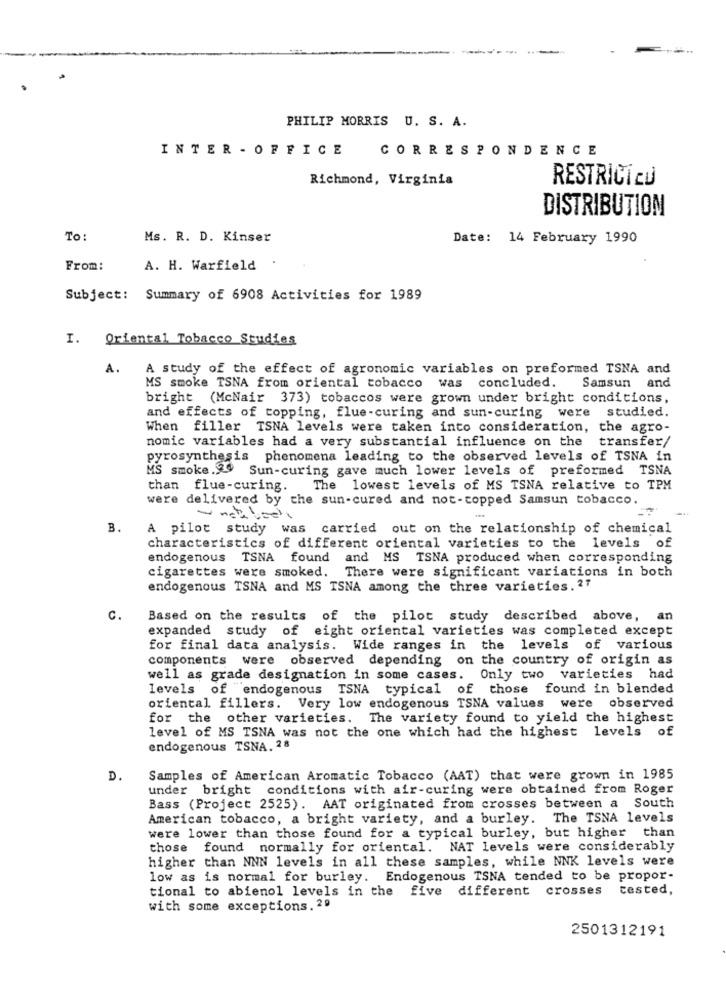
PHILIP MORRIS U. S. A.
INTER - OFFICE
CORRESPONDENCE
Richmond, Virginia
RESTRICÍ CU
DISTRIBUTION
To:
Ms. R. D. Kinser
Date: 14 February 1990
From:
A. H. Warfield
Subject: Summary of 6908 Activities for 1989
I. Oriental Tobacco Studies
A.
A study of the effect of agronomic variables on preformed TSNA and
Samsun and
MS smoke TSNA from oriental tobacco was concluded.
bright (McNair 373) tobaccos were grown under bright conditions,
and effects of topping, flue-curing and sun-curing were studied.
When filler TSNA levels were taken into consideration, the agro-
nomic variables had a very substantial influence on the transfer/
pyrosynthesis phenomena leading to the observed levels of TSNA in
MS smoke.20 Sun-curing gave much lower levels of preformed TSNA
than flue-curing.
The lowest levels of MS TSNA relative to TPM
were delivered by the sun-cured and not-copped Samsun tobacco.
B.
A pilot study was carried out on the relationship of chemical
characteristics of different oriental varieties to the levels of
endogenous TSNA found and MS TSNA produced when corresponding
cigarettes were smoked. There were significant variations in both
endogenous TSNA and MS TSNA among the three varieties. 21
c.
Based on the results of the pilot study described above, a
expanded study of eight oriental varieties was completed except
for final data analysis. Wide ranges in the levels of various
components were observed depending on the country of origin as
well as grade designation in some cases. Only two varieties had
levels of endogenous TSNA typical of those found in blended
oriental fillers. Very low endogenous TSNA values were observed
for the other varieties. The variety found to yield the highest
level of MS TSNA was not the one which had the highest levels of
endogenous TSNA. 28
D.
Samples of American Aromatic Tobacco (AAT) that were grown in 1985
under bright conditions with air-curing were obtained from Roger
Bass (Project 2525). AAT originated from crosses between a South
American tobacco, a bright variety, and a burley. The TSNA levels
were lower than those found for a typical burley, but higher than
those found normally for oriental. NAT levels were considerably
higher than NNN levels in all these samples, while NNK levels were
low as is normal for burley. Endogenous TSNA tended to be propor-
tional to abienol levels in the five different crosses
tested,
with some exceptions. 29
2501312191